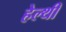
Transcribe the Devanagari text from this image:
हेल्थी